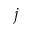
j